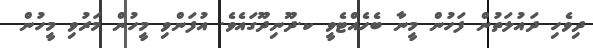
ދިވެހި ދައުލަތުން ފަހުން މީނާ ބެހެއްޓެވީ ކ.ދޫނިދޫގައެވެ. އުފަންވި މީހުން މަރުވި މީހުން